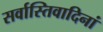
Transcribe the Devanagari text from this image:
सर्वास्तिवादिनां